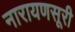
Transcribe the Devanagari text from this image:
नारायणसूरी